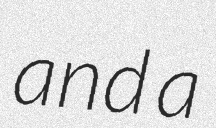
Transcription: and a